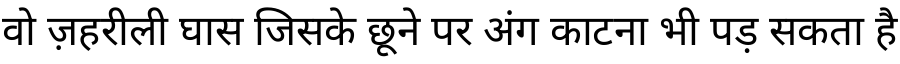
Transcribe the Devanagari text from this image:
वो ज़हरीली घास जिसके छूने पर अंग काटना भी पड़ सकता है